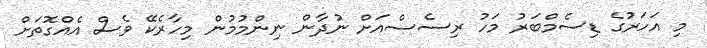
މި އަހަރުގެ ޑިސެމްބަރު މަހު ރިސެސްއަށް ނުދާން ނިންމުމުން މިހާރެކޭ ވެސް އެއްގޮތަށް